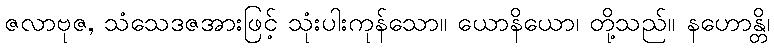
ဇလာဗုဇ, သံသေဒဇအားဖြင့် သုံးပါးကုန်သော။ ယောနိယော၊ တို့သည်။ နဟောန္တိ၊